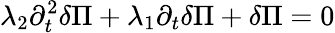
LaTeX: \lambda_{2}\partial_{t}^{2}\delta\Pi+\lambda_{1}\partial_{t}\delta\Pi+\delta\Pi=0